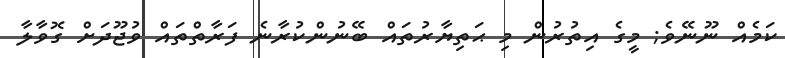
ކަމެއް ނޫނޭވެ; މީގެ އިތުރުން މި ޙަތިޔާރުތައް ބޭނުންކުރާނެ ފަރާތްތައް ވުޖޫދަށް ގޮވާލާ